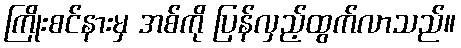
ကြိုးစင်နားမှ အစ်ကို ပြန်လှည့်ထွက်လာသည်။